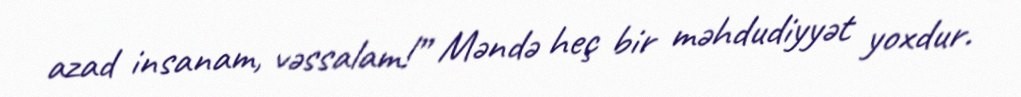
azad insanam, vəssalam!” Məndə heç bir məhdudiyyət yoxdur.